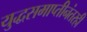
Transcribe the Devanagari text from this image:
युद्धसमाप्तीनंतरही